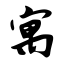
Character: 寓